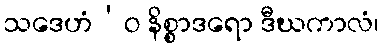
သဒေဟံ’ဝ နိစ္စာဒရော ဒီဃကာလံ၊